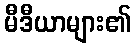
မီဒီယာများ၏